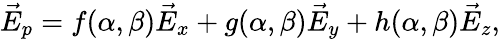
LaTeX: \vec{E}_{p}=f(\alpha,\beta)\vec{E}_{x}+g(\alpha,\beta)\vec{E}_{y}+h(\alpha,\beta)\vec{E}_{z},